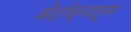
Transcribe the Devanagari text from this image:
वेटोळ्यातून